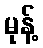
မုန့်